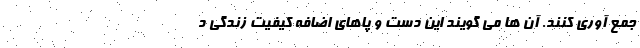
جمع آوری کنند. آن ها می گویند این دست و پاهای اضافه کیفیت زندگی د